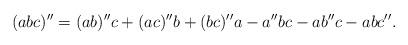
LaTeX: \begin{align*}(abc)''=(ab)''c+(ac)''b+(bc)''a-a''bc-ab''c-abc''.\end{align*}